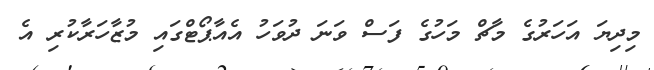
މިދިޔަ އަހަރުގެ މާޗް މަހުގެ ފަސް ވަނަ ދުވަހު އެއާޕޯޓްގައި މުޒާހަރާކުރި އެ